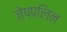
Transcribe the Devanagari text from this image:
ज़ेप्पलिन